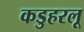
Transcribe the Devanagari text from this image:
कडुहरलू